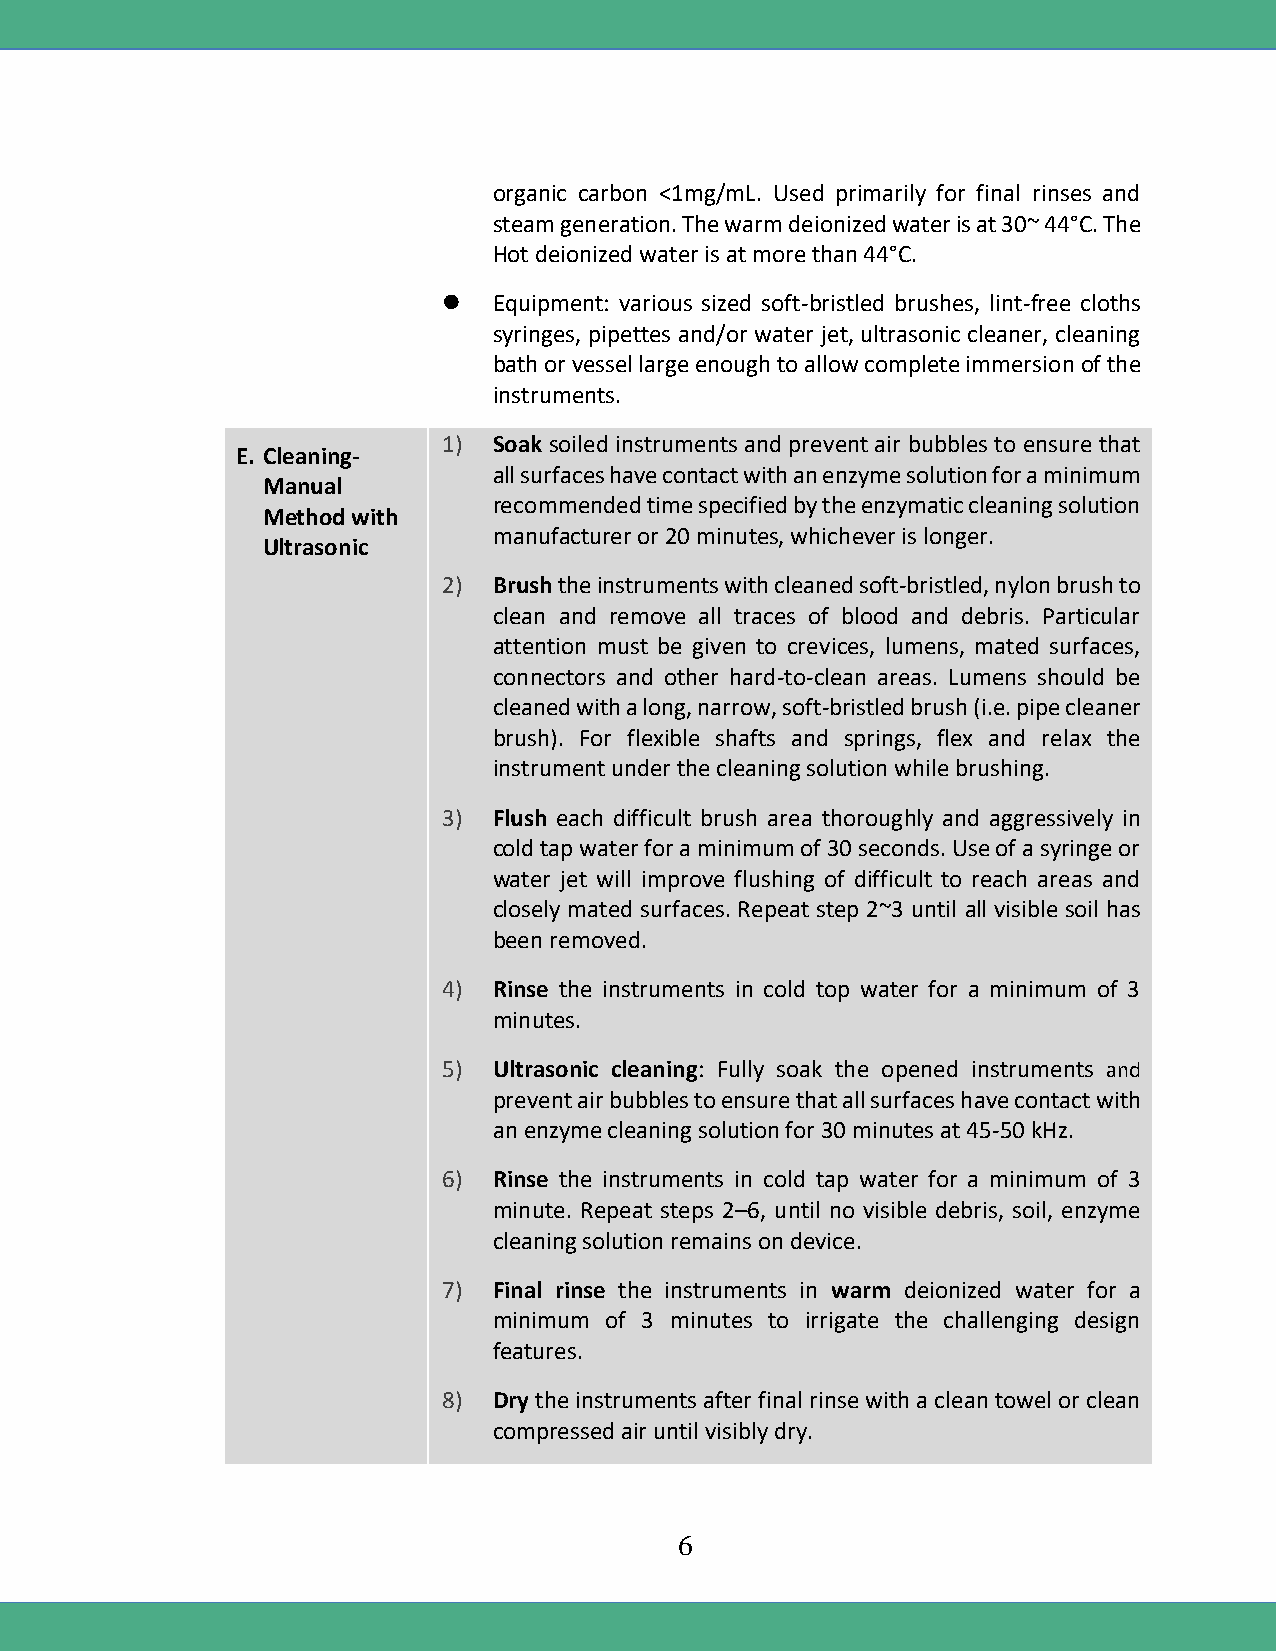
organic carbon <1mg/mL. Used primarily for final rinses and
 steam generation. The warm deionized water is at 30~ 44°C. The
 Hot deionized water is at more than 44°C.
    Equipment: various sized soft-bristled brushes, lint-free cloths
 syringes, pipettes and/or water jet, ultrasonic cleaner, cleaning
 bath or vessel large enough to allow complete immersion of the
 instruments.
 1)  Soak soiled instruments and prevent air bubbles to ensure that
 E. Cleaning-
 all surfaces have contact with an enzyme solution for a minimum
 Manual
 recommended time specified by the enzymatic cleaning solution
 Method with
 manufacturer or 20 minutes, whichever is longer.
 Ultrasonic
 2)  Brush the instruments with cleaned soft-bristled, nylon brush to
 clean and remove all traces of blood and debris. Particular
 attention must be given to crevices, lumens, mated surfaces,
 connectors and other hard-to-clean areas. Lumens should be
 cleaned with a long, narrow, soft-bristled brush (i.e. pipe cleaner
 brush). For flexible shafts and springs, flex and relax the
 instrument under the cleaning solution while brushing.
 3)  Flush each difficult brush area thoroughly and aggressively in
 cold tap water for a minimum of 30 seconds. Use of a syringe or
 water jet will improve flushing of difficult to reach areas and
 closely mated surfaces. Repeat step 2~3 until all visible soil has
 been removed.
 4)  Rinse the instruments in cold top water for a minimum of 3
 minutes.
 5)  Ultrasonic cleaning: Fully soak the opened instruments and
 prevent air bubbles to ensure that all surfaces have contact with
 an enzyme cleaning solution for 30 minutes at 45-50 kHz.
 6)  Rinse the instruments in cold tap water for a minimum of 3
 minute. Repeat steps 2–6, until no visible debris, soil, enzyme
 cleaning solution remains on device.
 7)  Final rinse the instruments in warm deionized water for a
 minimum of 3 minutes to irrigate the challenging design
 features.
 8)  Dry the instruments after final rinse with a clean towel or clean
 compressed air until visibly dry.
 6